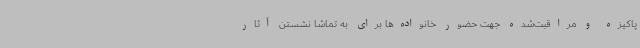
پاکیزه و مراقبت‌شده جهت حضور خانواده‌ها برای به تماشا نشستن آثار